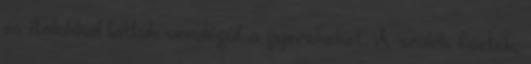
és italokkal láttuk vendégül a gyerekeket. A szülők főztek,